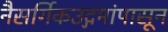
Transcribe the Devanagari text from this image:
नैसर्गिकउद्गमांपासून